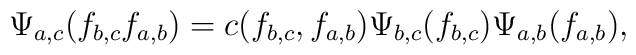
\Psi_{a,c}(f_{b,c}f_{a,b}) =c(f_{b,c},f_{a,b})\Psi_{b,c}(f_{b,c})\Psi_{a,b}(f_{a,b}),